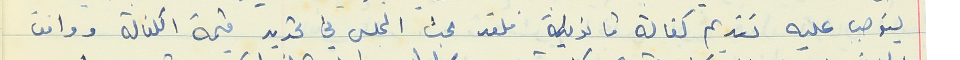
يتوحب عليه تقديم كفالة قانونية فلقد بحث المجلس في تحديد قيمة الكفالة ووافق